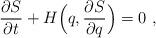
LaTeX: \begin{align*}\frac{\partial S}{\partial t}+H\Big(q,\frac{\partial S}{\partial q}\Big)=0 \ , \end{align*}